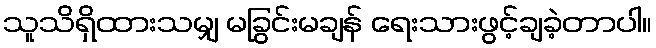
သူသိရှိထားသမျှ မခြွင်းမချန် ရေးသားဖွင့်ချခဲ့တာပါ။